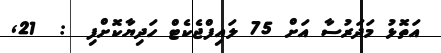
އަތޮޅު މަދަރުސާ އަށް 75 ލައިފްޖެކެޓް ހަދިޔާކޮށްފި  :  21